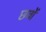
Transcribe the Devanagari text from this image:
छवों